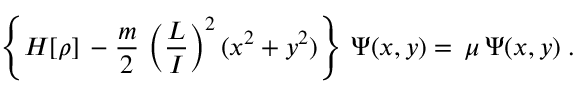
\left\{ { \cal H } [ \rho ] \, - \frac { m } { 2 } \, \left( \frac { L } { I } \right) ^ { 2 } ( x ^ { 2 } + y ^ { 2 } ) \right\} \, \Psi ( x , y ) = \, \mu \, \Psi ( x , y ) \; .